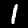
Label: 1